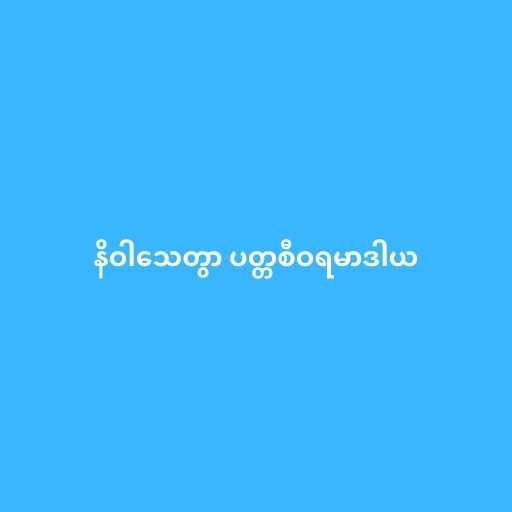
နိဝါသေတွာ ပတ္တစီဝရမာဒါယ